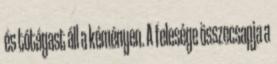
és tótágast áll a kéményen. A felesége összecsapja a